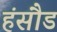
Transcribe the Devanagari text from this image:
हंसौड